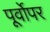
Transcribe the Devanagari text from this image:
पूर्वोपर